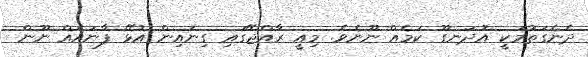
ދެނެގަތުމަކީ އުދަނގޫ ކަމެއް ނޫނެވެ. މިއީ ރާއްޖޭގައި ގިނައިން އުޅޭ ފާނައެއް ނޫން